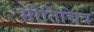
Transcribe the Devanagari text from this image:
भीतिचित्र